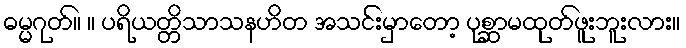
ဓမ္မဂုတ်။ ။ ပရိယတ္တိသာသနဟိတ အသင်းမှာတော့ ပုစ္ဆာမထုတ်ဖူးဘူးလား။